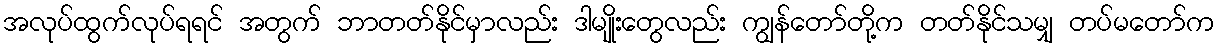
အလုပ်ထွက်လုပ်ရရင် အတွက် ဘာတတ်နိုင်မှာလည်း ဒါမျိုးတွေလည်း ကျွန်တော်တို့က တတ်နိုင်သမျှ တပ်မတော်က